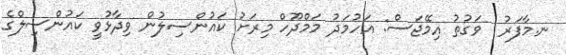
ނ.މާފަރު  ވަގުތު އިމޭޖަސް: އަހުމަދު މަމްދޫހް މިރަށު ކައުންސިލުން ވިދާޅުވީ ކައުންސިލްގެ